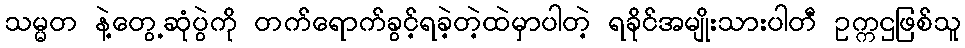
သမ္မတ နဲ့တွေ့ဆုံပွဲကို တက်ရောက်ခွင့်ရခဲ့တဲ့ထဲမှာပါတဲ့ ရခိုင်အမျိုးသားပါတီ ဥက္ကဌဖြစ်သူ